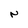
Character: N